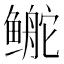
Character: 鿸